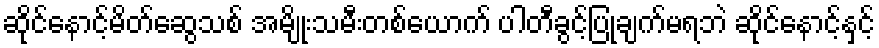
ဆိုင်နောင့်မိတ်ဆွေသစ် အမျိုးသမီးတစ်ယောက် ပါတီခွင့်ပြုချက်မရဘဲ ဆိုင်နောင့်နှင့်